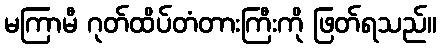
မကြာမီ ဂုတ်ထိပ်တံတားကြီးကို ဖြတ်ရသည်။